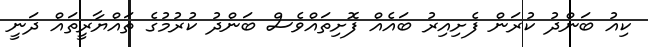
ކިއު ބަންދު ކުރަން ފެށިއިރު ބައެއް ފޮށިތައްވެސް ބަންދު ކުރުމުގެ ތައްޔާރީތައް ދަނީ